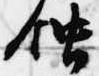
蝕